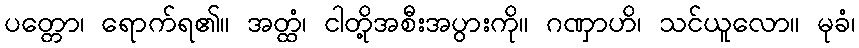
ပတ္တော၊ ရောက်ရ၏။ အတ္ထံ၊ ငါတို့အစီးအပွားကို။ ဂဏှာဟိ၊ သင်ယူလော။ မုခံ၊